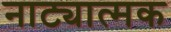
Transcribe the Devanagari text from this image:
नाट्यात्मक